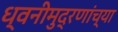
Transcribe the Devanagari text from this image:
ध्वनीमुद्रणांच्या